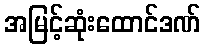
အမြင့်ဆုံးထောင်ဒဏ်